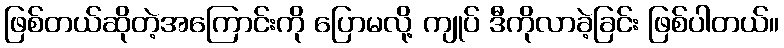
ဖြစ်တယ်ဆိုတဲ့အကြောင်းကို ပြောမလို့ ကျုပ် ဒီကိုလာခဲ့ခြင်း ဖြစ်ပါတယ်။